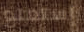
إستمتع